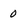
Character: 0